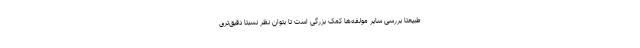
طبیعتا بررسی سایر مولفه‌ها کمک بزرگی است تا بتوان نظر نسبتا دقیق‌تری